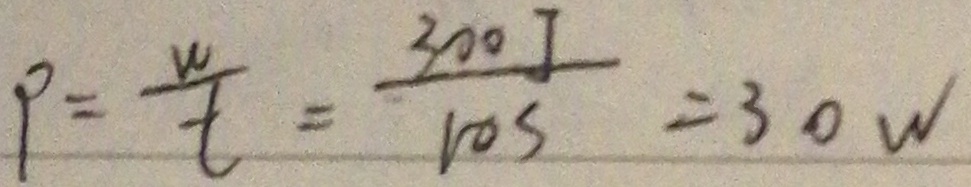
P = \frac { W } { t } = \frac { 3 0 0 J } { 1 0 S } = 3 0 W